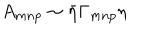
LaTeX: A _ { m n p } \sim { \bar { \eta } } \Gamma _ { m n p } \eta